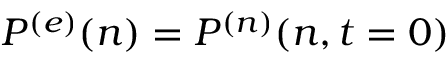
P ^ { ( e ) } ( n ) = P ^ { ( n ) } ( n , t = 0 )